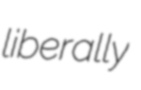
liberally